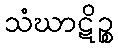
သံဃာဋိဉ္စ